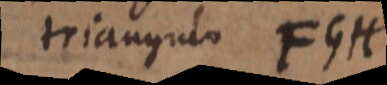
triangulo FGH).